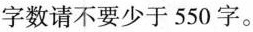
字数请不要少于550字。